Plague in India, 1896, 1897 - Volume 1
Year: 1896
Disease focus: Plague
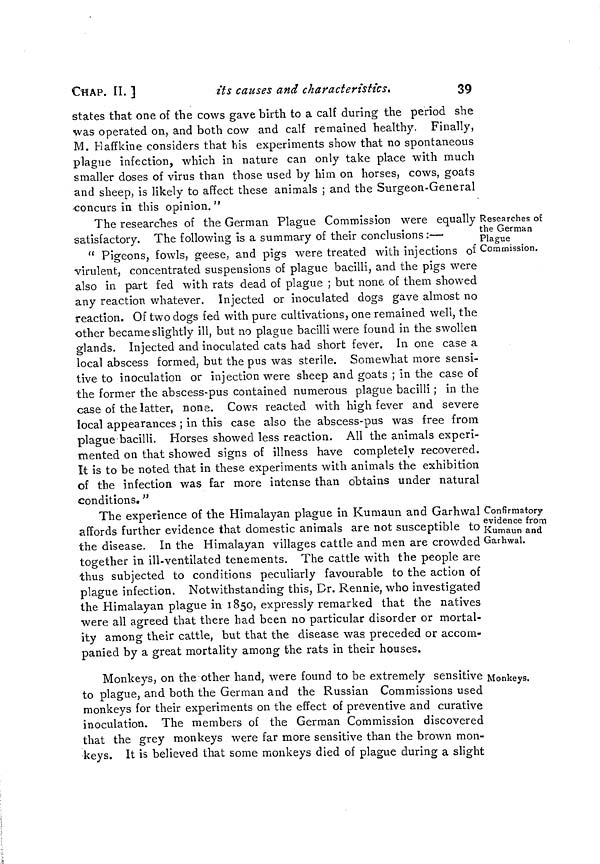
CHAP. II. ]
its causes and characteristics.
39
states that one of the cows gave birth to a calf during the period she
was operated on, and both cow and calf remained healthy. Finally,
M. Haffkine considers that his experiments show that no spontaneous
plague infection, which in nature can only take place with much
smaller doses of virus than those used by him on horses, cows, goats
and sheep, is likely to affect these animals ; and the Surgeon-General
•concurs in this opinion."
Researches of
the German
Plague
Commission.
The researches of the German Plague Commission were equally
satisfactory. The following is a summary of their conclusions :—
" Pigeons, fowls, geese, and pigs were treated with injections of
virulent, concentrated suspensions of plague bacilli, and the pigs were
also in part fed with rats dead of plague ; but none of them showed
any reaction whatever. Injected or inoculated dogs gave almost no
reaction. Of two dogs fed with pure cultivations, one remained well, the
other became slightly ill, but no plague bacilli were found in the swollen
glands. Injected and inoculated cats had short fever. In one case a
local abscess formed, but the pus was sterile. Somewhat more sensi-
tive to inoculation or injection were sheep and goats ; in the case of
the former the abscess-pus contained numerous plague bacilli ; in the
case of the latter, none. Cows reacted with high fever and severe
local appearances ; in this case also the abscess-pus was free from
plague bacilli. Horses showed less reaction. All the animals experi-
mented on that showed signs of illness have completely recovered.
It is to be noted that in these experiments with animals the exhibition
of the infection was far more intense than obtains under natural
conditions. "
Confirmatory
evidence from
Kumaun and
Garhwal.
The experience of the Himalayan plague in Kumaun and Garhwal
affords further evidence that domestic animals are not susceptible to
the disease. In the Himalayan villages cattle and men are crowded
together in ill-ventilated tenements. The cattle with the people are
thus subjected to conditions peculiarly favourable to the action of
plague infection. Notwithstanding this, Dr. Rennie, who investigated
the Himalayan plague in 1850, expressly remarked that the natives
were all agreed that there had been no particular disorder or mortal-
ity among their cattle, but that the disease was preceded or accom-
panied by a great mortality among the rats in their houses.
Monkeys.
Monkeys, on the other hand, were found to be extremely sensitive
to plague, and both the German and the Russian Commissions used
monkeys for their experiments on the effect of preventive and curative
inoculation. The members of the German Commission discovered
that the grey monkeys were far more sensitive than the brown mon-
keys. It is believed that some monkeys died of plague during a slight